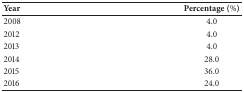
<table><thead><tr><td><b>Year</b></td><td><b>Percentage (%)</b></td></tr></thead><tbody><tr><td>2008</td><td>4.0</td></tr><tr><td>2012</td><td>4.0</td></tr><tr><td>2013</td><td>4.0</td></tr><tr><td>2014</td><td>28.0</td></tr><tr><td>2015</td><td>36.0</td></tr><tr><td>2016</td><td>24.0</td></tr></tbody></table>